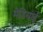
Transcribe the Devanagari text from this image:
मेडियाई